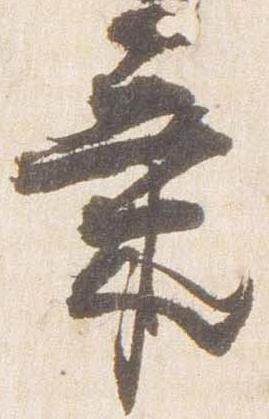
気